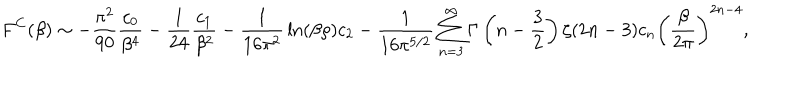
F ^ { C } ( \beta ) \sim - { \frac { \pi ^ { 2 } } { 9 0 } } { \frac { c _ { 0 } } { \beta ^ { 4 } } } - { \frac { 1 } { 2 4 } } { \frac { c _ { 1 } } { \beta ^ { 2 } } } - { \frac { 1 } { 1 6 \pi ^ { 2 } } } \ln ( \beta \rho ) c _ { 2 } - { \frac { 1 } { 1 6 \pi ^ { 5 / 2 } } } \sum _ { n = 3 } ^ { \infty } \Gamma \left( n - \frac 3 2 \right) \zeta ( 2 n - 3 ) c _ { n } \left( { \frac { \beta } { 2 \pi } } \right) ^ { 2 n - 4 } ,